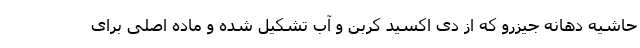
حاشیه دهانه جیزرو که از دی اکسید کربن و آب تشکیل شده و ماده اصلی برای